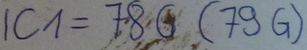
Text: IC1=78G(79G)